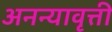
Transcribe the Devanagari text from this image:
अनन्यावृत्ती